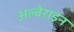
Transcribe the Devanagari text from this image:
अल्वेराइन